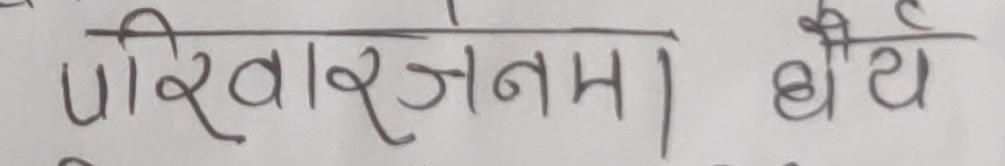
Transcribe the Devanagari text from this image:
पिरवार्जनम | वैद्य